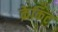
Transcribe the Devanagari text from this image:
क्रेकिट